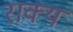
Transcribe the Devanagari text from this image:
राक्य